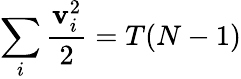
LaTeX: \sum_{i}\frac{\textbf{v}_{i}^{2}}{2}=T(N-1)